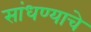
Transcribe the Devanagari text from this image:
सांधण्याचे